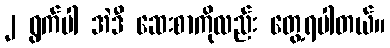
၂ ရွက်ပါ အဲဒီ ဆေးစာကိုလည်း တွေ့ရပါတယ်။